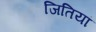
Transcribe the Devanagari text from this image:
जितियां